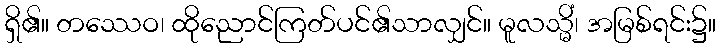
ရှိ၏။ တဿေဝ၊ ထိုညောင်ကြတ်ပင်၏သာလျှင်။ မူလသ္မိံ၊ အမြစ်ရင်း၌။